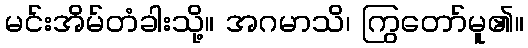
မင်းအိမ်တံခါးသို့။ အဂမာသိ၊ ကြွတော်မူ၏။